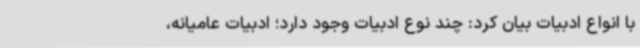
با انواع ادبیات بیان کرد: چند نوع ادبیات وجود دارد؛ ادبیات عامیانه،